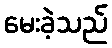
မေးခဲ့သည်